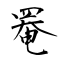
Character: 罨